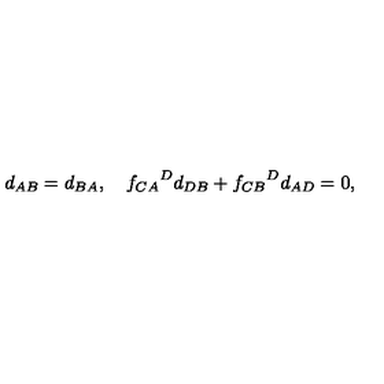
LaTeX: d _ { A B } = d _ { B A } , \quad { f _ { C A } } ^ { D } d _ { D B } + { f _ { C B } } ^ { D } d _ { A D } = 0 ,